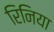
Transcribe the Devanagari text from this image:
रिनिया